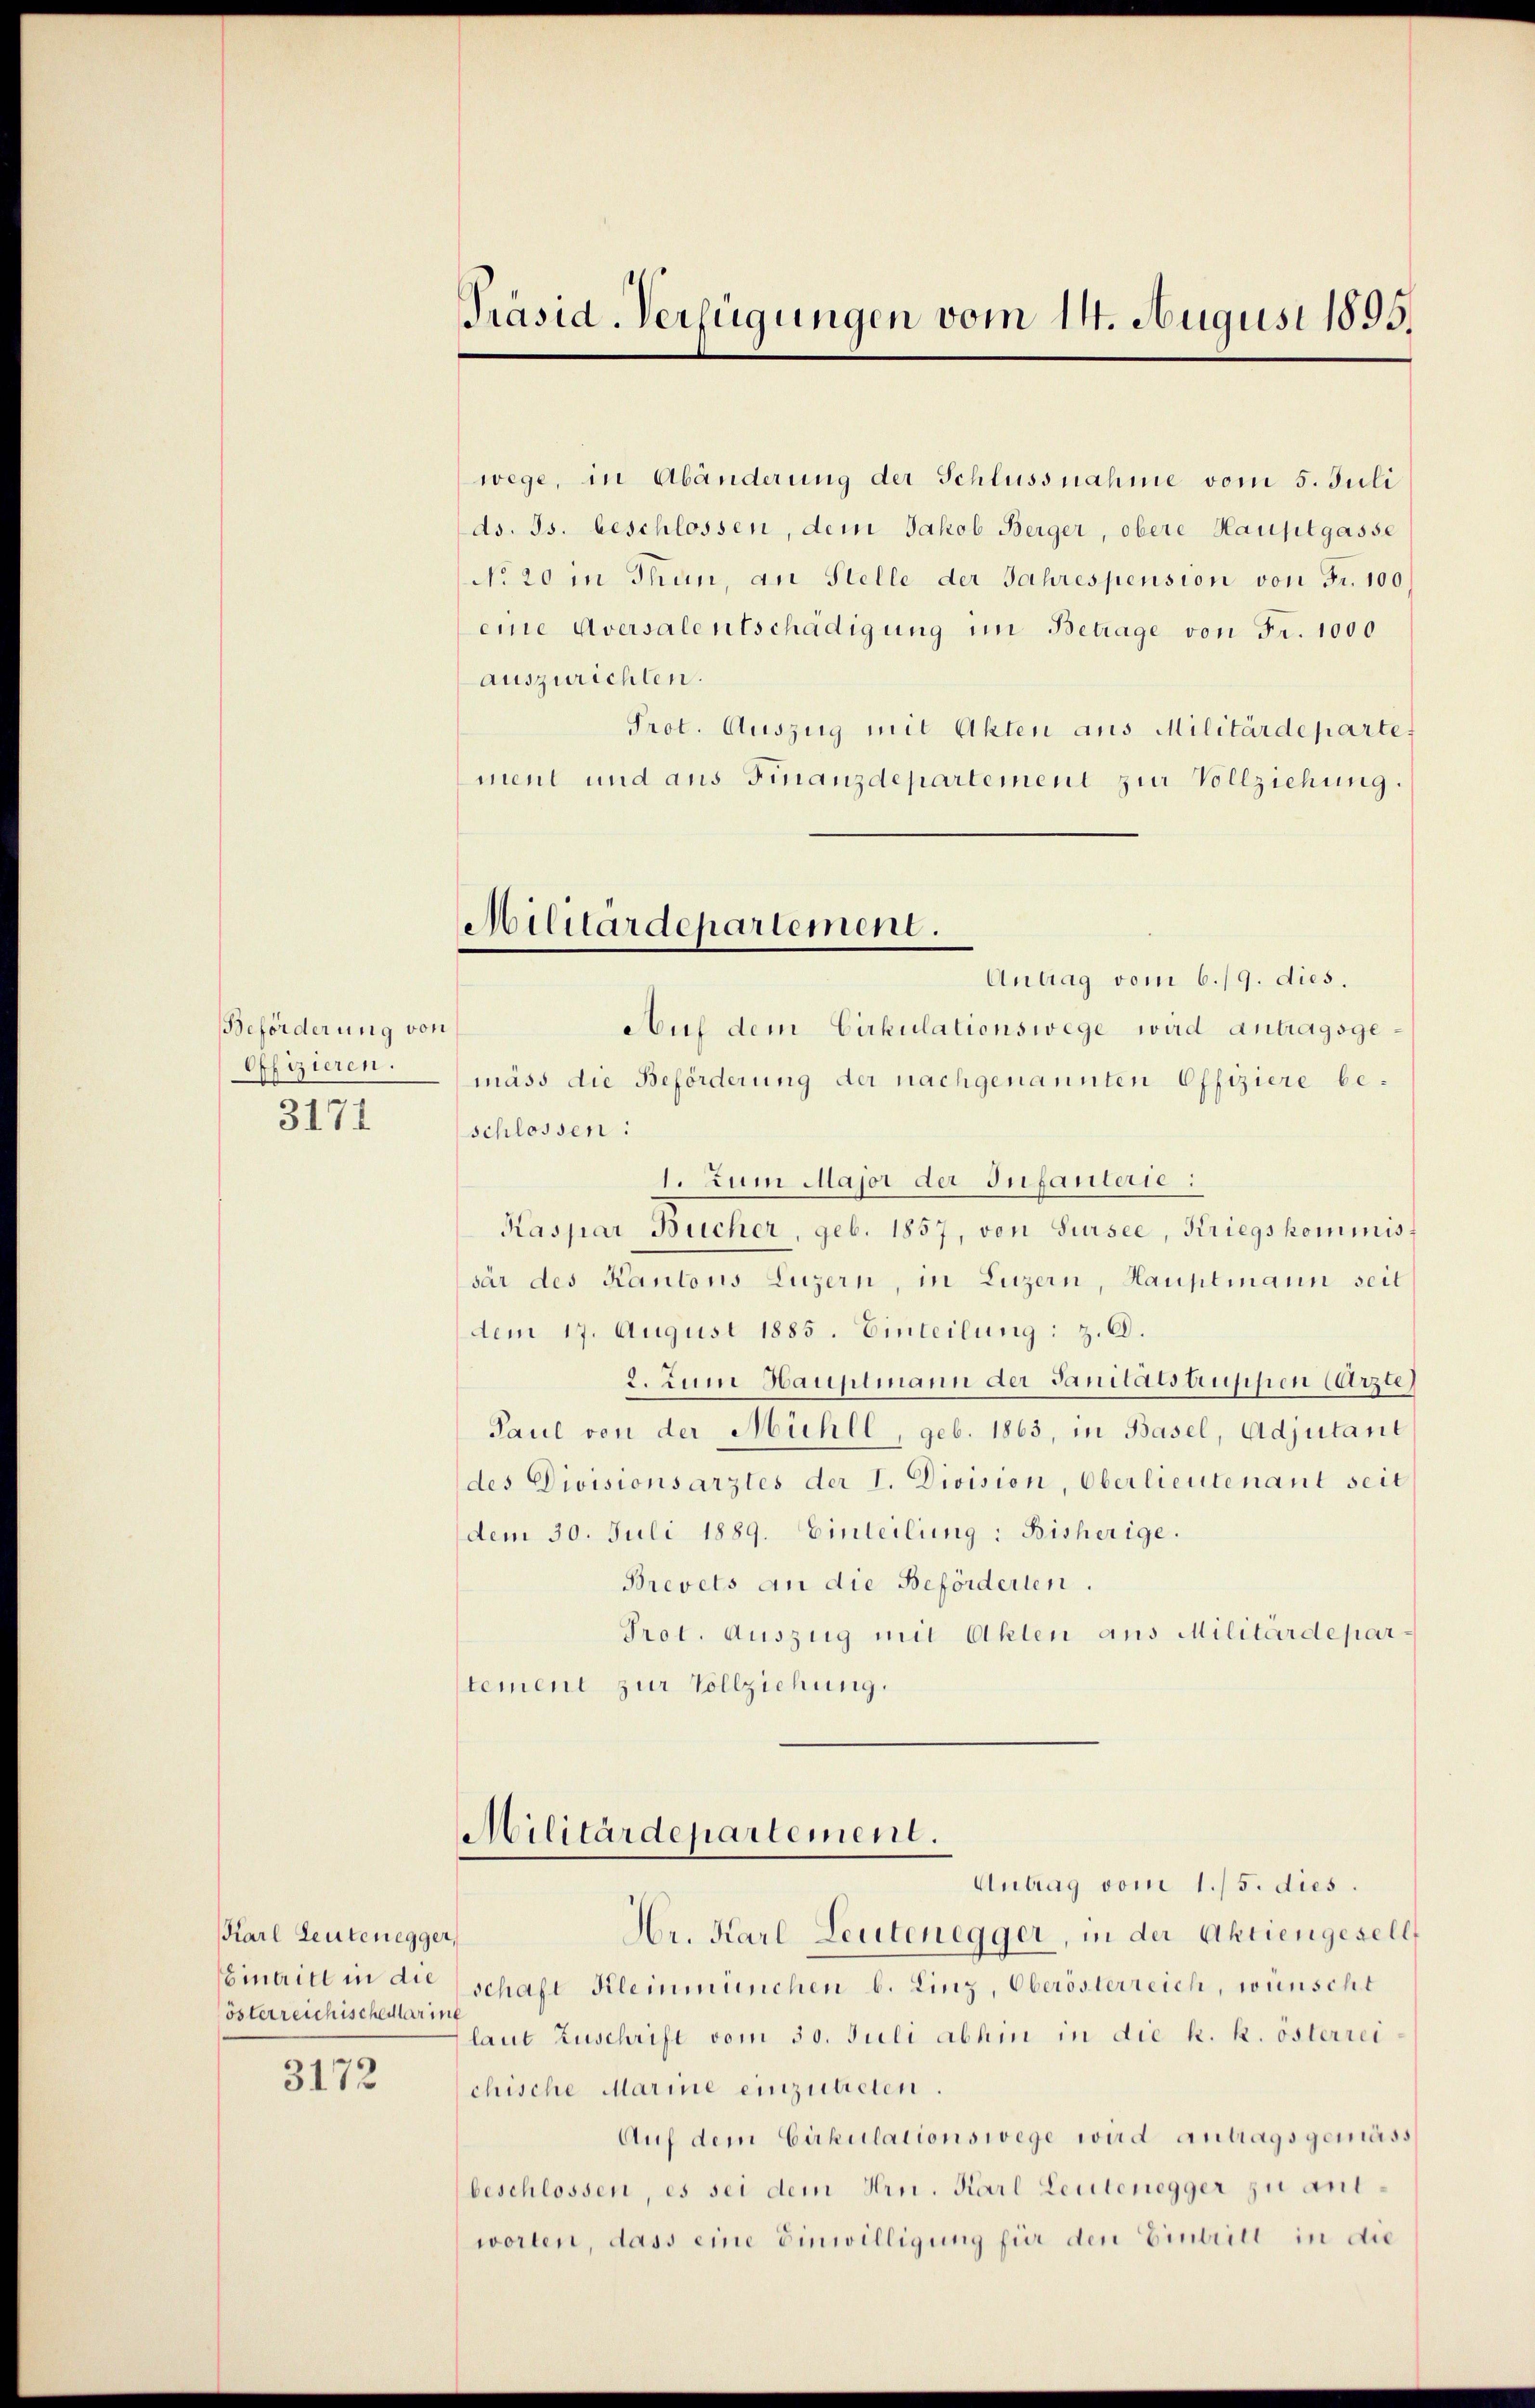
Beförderung von
Offizieren.
3171

Karl Leutenegger,
österreichischedlarin,

3172

Präsid. Verfügungen vom 14. August 1895.

Militärdepartement.

wege, in Abänderung der Schlussnahme vom 5. Juli
ds. Js. beschlossen, dem Jakob Berger, obere Hauptgasse
No 20 in Thun, an Stelle der Jahrespension von Fr. 100,
eine Aversalentschädigung im Betrage von Fr. 1000
auszurichten.
Prot. Auszug mit Akten aus Militärdepartet
ment und aus Finanzdepartement zur Vollziehung
Antrag vom 6./9. dies.
Auf dem Cirkulationswege wird antragsgemäss die Beförderung der nachgenannten Offiziere beschlossen:
1. Zum Major der Infanterie:
Kaspar Bücher, geb. 1857, von Sursee, Kriegskommissar des Kantons Luzern, in Luzern, Hauptmann seit
dem 17. August 1885. Einteilung: z. B.
2. Zumi Hauptmann der Sanitätstruppen (Arzte
Paul von der Mühll, geb. 1863, in Basel, Adjutant
des Divisionsarztes der I. Division, Oberlieutenant seit
dem 30. Juli 1889. Einteilung: Bisherige.
Brevets an die Beförderten.
Prot. Auszug mit Ahlen aus Militärdeparstement zur Vollziehung.

Militärdepartement.

Antrag vom 1./5. dies
Hr. Karl Leutenegger, in der Aktiengesell
inarill in die schaft Kleinmünchen b. Linz, Oberösterreich, wünscht
laut Zuschrift vom 30. Juli abhin in die k. k. österrei
chische Marine einzutreten
Aŭf dem Cirkulationswege wird antragsgemäss
beschlossen, es sei dem Hrn. Karl Leutenegger zu antworten, dass eine Einwilligung für den Eintrill in die